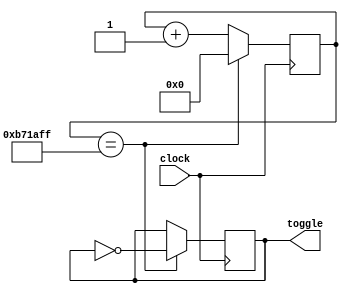
// Generated by MyHDL 1.0dev


`timescale 1ns/10ps

module icestick (
    toggle,
    clock
);


output toggle;
reg toggle;
input clock;

reg reset;
reg [23:0] cnt;





always @(posedge clock) begin: ICESTICK_RTL
    if (($signed({1'b0, cnt}) == (12000000 - 1))) begin
        cnt <= 0;
        toggle <= (!toggle);
    end
    else begin
        cnt <= (cnt + 1);
    end
end


always @(posedge clock) begin: ICESTICK_RTL_RESET
    reset <= (!1'b0);
end

endmodule